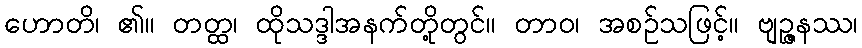
ဟောတိ၊ ၏။ တတ္ထ၊ ထိုသဒ္ဒါအနက်တို့တွင်။ တာဝ၊ အစဉ်သဖြင့်။ ဗျဉ္ဇနဿ၊